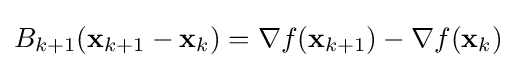
B_{k+1}(\mathbf {x} _{k+1}-\mathbf {x} _{k})=\nabla f(\mathbf {x} _{k+1})-\nabla f(\mathbf {x} _{k})